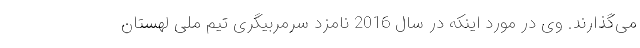
می‌گذارند. وی در مورد اینکه در سال 2016 نامزد سرمربیگری تیم ملی لهستان